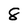
Character: 8